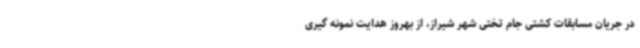
در جریان مسابقات کشتی جام تختی شهر شیراز، از بهروز هدایت نمونه گیری